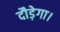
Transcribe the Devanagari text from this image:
दौड़ेगा।